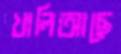
খালিআছে